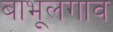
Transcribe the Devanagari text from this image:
बाभूलगाव